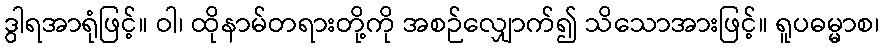
ဒွါရအာရုံဖြင့်။ ဝါ၊ ထိုနာမ်တရားတို့ကို အစဉ်လျှောက်၍ သိသောအားဖြင့်။ ရူပဓမ္မာစ၊